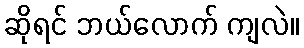
ဆိုရင် ဘယ်လောက် ကျလဲ။